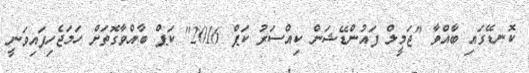
ކޮނޑޭގައި ބާއްވާ "ޖަމީލް ފައުންޑޭޝަން ކިއްސަރު ކަޕް 2016" ކަޕް ބާއްވާގޮތަށް ހަމަޖެހިފައިވަނީ